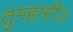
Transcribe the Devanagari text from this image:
तुम्हारी॥